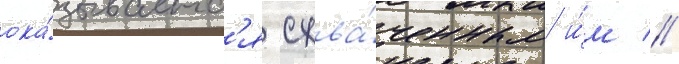
ока́зываетс'я схва́ченным и́м //